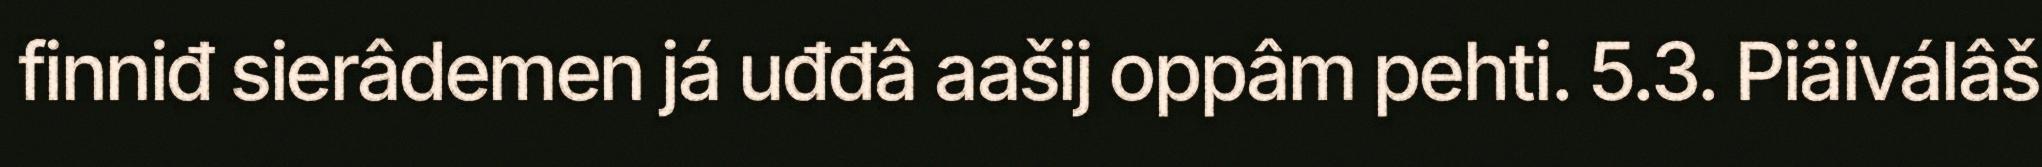
finniđ sierâdemen já uđđâ aašij oppâm pehti. 5.3. Piäiválâš